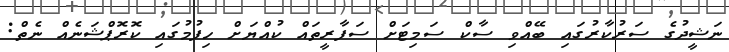
ނަޝީދުގެ ސަރުކާރުގައި ބޭއްވި ސާކް ސަމިޓަށް ސަފާރީތައް ކުއްޔަށް ހިފުމުގައި ކޮރޮޕްޝަނެއް ނެތް: